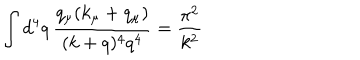
LaTeX: \int d ^ { 4 } q \, \frac { q _ { \mu } ( k _ { \mu } + q _ { \mu } ) } { ( k + q ) ^ { 4 } q ^ { 4 } } = \frac { \pi ^ { 2 } } { k ^ { 2 } }